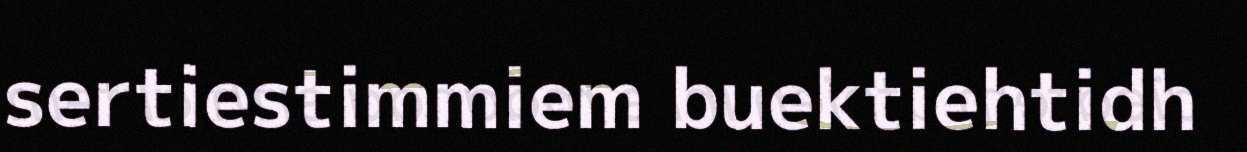
sertiestimmiem buektiehtidh